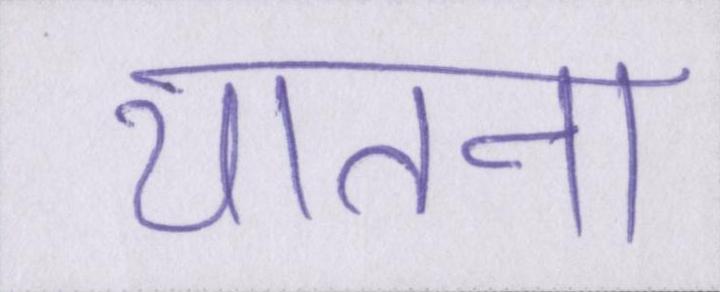
यातना